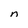
Character: n